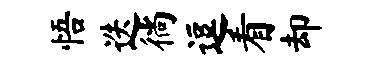
悟迭徜逗看却